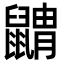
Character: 䶇